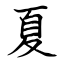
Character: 夏